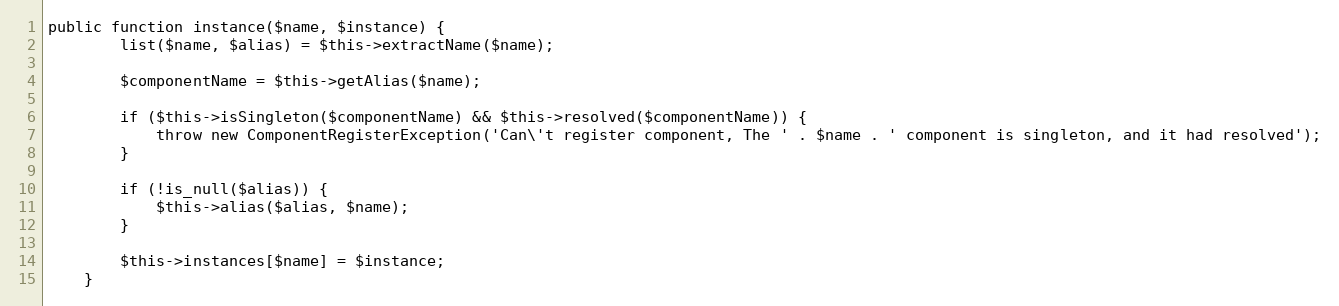
Language: PHP
public function instance($name, $instance) {
		list($name, $alias) = $this->extractName($name);

		$componentName = $this->getAlias($name);

		if ($this->isSingleton($componentName) && $this->resolved($componentName)) {
			throw new ComponentRegisterException('Can\'t register component, The ' . $name . ' component is singleton, and it had resolved');
		}

		if (!is_null($alias)) {
			$this->alias($alias, $name);
		}

		$this->instances[$name] = $instance;
	}